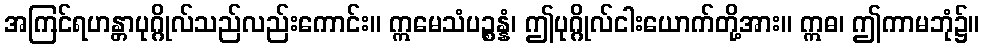
အကြင်ရဟန္တာပုဂ္ဂိုလ်သည်လည်းကောင်း။ ဣမေသံပဉ္စန္နံ၊ ဤပုဂ္ဂိုလ်ငါးယောက်တို့အား။ ဣဓ၊ ဤကာမဘုံ၌။